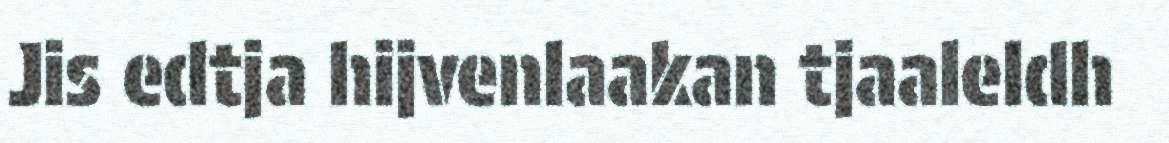
Jis edtja hijvenlaakan tjaaleldh